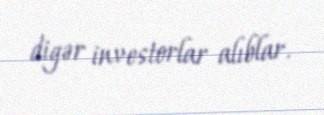
digər investorlar alıblar.